Annual report on the working of the mental hospitals in the Madras Presidency - 1912-1932
Year: 1912
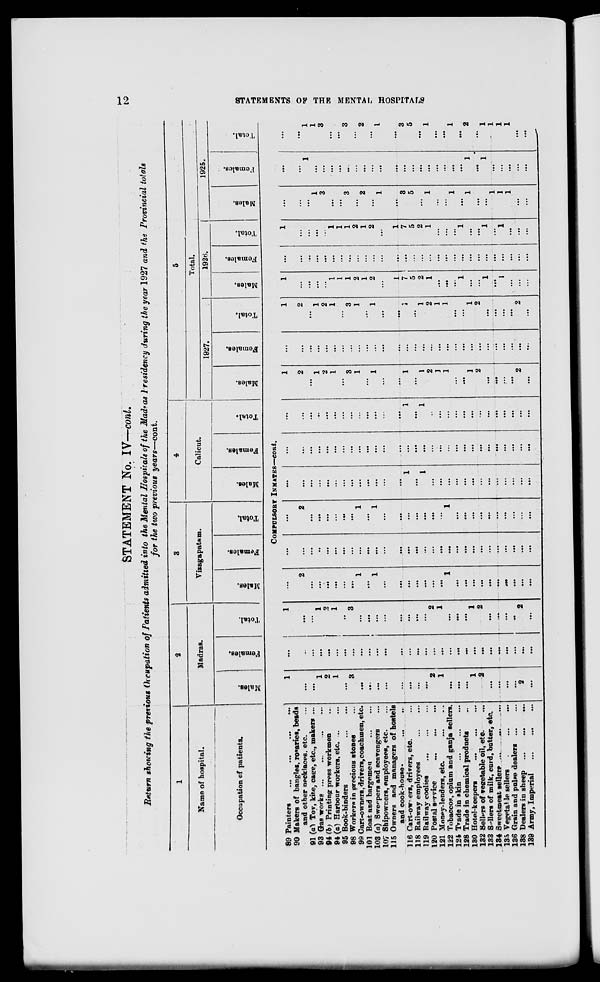
12
STATEMENTS OF THE MENTAL HOSPITALS
STATEMENT No. IV—cont.
Return showing the previous Occupation of Patients admitted into the Mental Hospitals of the Madras Presidency during the year 1927 and the Provincial totals
for the two previous years—cont.
1
Name of hospital.
Occupation of patients.
2
Madras.
Males.
Females.
Total.
3
Vizagapatam.
Males.
Females.
Total.
4
Calicut.
Males.
Females.
Total.
5
Total.
1927.
Males.
Females.
Total.
1926.
Males.
Females.
Total.
1925.
Males.
Females.
Total.
COMPULSORY INMATES—cont.
89 Painters
...
...
...
...
90 Makers of bangles, rosaries, beads
and other necklaces, etc. ...
91 (a) Toy, kite, cage, etc., makers ...
93 Gas works ... ... ... ...
94 (b) Printing press workmen ...
94 (a) Harbour workers, etc
95 Book-binders
...
...
98 Workers in precious stones ...
99 Cart-owners, drivers, coachmen, etc.
101 Boat and bargemen
...
...
103 (a) Sweepers and scavengers ...
107 Shipowners, employees, etc.
115 Owners and managers of hostels
and
cook-house.
...
...
116 Cart-owners, drivers, etc. ...
118 Railway employees
...
...
119 Railway coolies
...
...
120 Postal service ... ...
121 Money-lenders, etc. ... ...
122 Tobaccos, opium and ganja sellers.
124 Trade in skin
...
...
128 Trade in chemical products ..
130 Hotel-keepers
...
...
...
132 Sellers of vegetable oil, etc. ...
133 Sellers of milk, curd, butter, etc.
134 Sweetmeat seller ... ... ...
135 Vegetable sellers
...
...
...
136 Grain and pulse dealers
...
...
138 Dealers in sheep
...
...
...
139 Army, Imperial
...
...
...
1
...
...
1
2
1
...
3
...
...
...
...
...
...
...
...
2
1
...
...
...
1
2
...
...
...
...
2
...
...
...
...
...
...
...
...
...
...
...
...
...
...
...
...
...
...
...
...
...
...
...
...
...
...
...
...
...
1
...
...
1
2
1
..
3
...
...
...
...
...
...
...
...
2
1
...
...
...
1
2
...
...
...
..
2
...
...
2
...
...
...
...
...
...
1
...
1
...
...
...
...
...
...
...
1
...
...
...
...
...
...
...
...
...
...
...
...
...
...
...
...
...
...
...
...
...
...
...
...
...
...
...
...
...
...
...
...
...
...
...
...
...
...
...
...
2
...
...
...
...
...
...
1
...
1
...
...
...
...
...
...
...
1
...
...
...
...
...
...
...
...
...
...
...
...
...
...
...
...
...
...
...
...
...
...
...
1
...
1
...
...
...
...
...
...
...
...
...
...
...
...
...
...
...
...
...
...
...
...
...
...
...
...
...
...
...
...
...
...
...
...
...
...
...
...
...
...
...
...
...
...
...
...
...
...
...
...
...
...
...
...
...
...
...
1
...
1
...
...
...
...
...
...
...
...
...
...
...
...
...
1
2
...
1
2
1
...
3
1
...
1
...
...
1
...
1
2
1
1
...
...
1
2
...
...
...
...
2
...
...
...
...
...
...
...
...
...
...
...
...
...
...
...
...
...
...
...
...
...
...
...
...
...
...
...
...
...
...
1
2
...
1
2
1
...
3
1
...
1
...
...
1
...
1
2
1
1
...
...
1
2
...
...
...
...
2
...
1
...
...
...
...
1
1
1
2
1
2
...
1
7
5
2
1
...
...
...
1
...
...
1
...
1
...
...
...
...
...
...
...
...
...
...
...
...
...
...
...
...
...
...
...
...
...
...
...
...
...
...
...
...
...
...
...
...
1
...
...
...
...
1
1
1
2
1
2
...
1
7
5
2
1
...
...
...
1
...
...
1
...
1
...
...
...
...
...
...
1
3
...
...
3
2
1
1
...
3
5
1
1
...
...
1
...
1
...
...
1
1
1
...
...
...
...
1
...
...
...
...
...
...
...
...
...
...
...
...
...
...
...
...
...
...
1
...
1
...
...
...
...
...
...
...
1
1
3
...
...
3
2
...
1 1
...
3
5
1
...
...
...
1
2
...
1
1
1
1
...
...